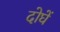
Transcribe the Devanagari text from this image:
दोघें